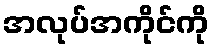
အလုပ်အကိုင်ကို